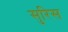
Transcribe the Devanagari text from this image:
सुरिस